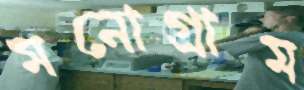
মনোগ্রাম